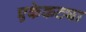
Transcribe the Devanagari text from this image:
एकेकट्या